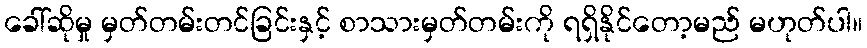
ခေါ်ဆိုမှု မှတ်တမ်းတင်ခြင်းနှင့် စာသားမှတ်တမ်းကို ရရှိနိုင်တော့မည် မဟုတ်ပါ။